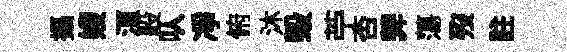
攝嫂湏般㕥凈俯沐毁苧否莾蕩歿註